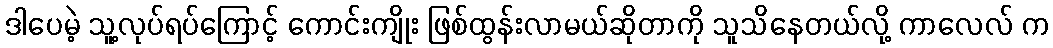
ဒါပေမဲ့ သူ့လုပ်ရပ်ကြောင့် ကောင်းကျိုး ဖြစ်ထွန်းလာမယ်ဆိုတာကို သူသိနေတယ်လို့ ကာလေလ် က